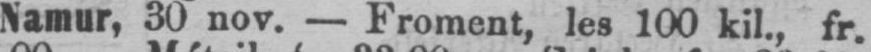
Namur, 30 nov. - Froment, les 100 kil., fr.